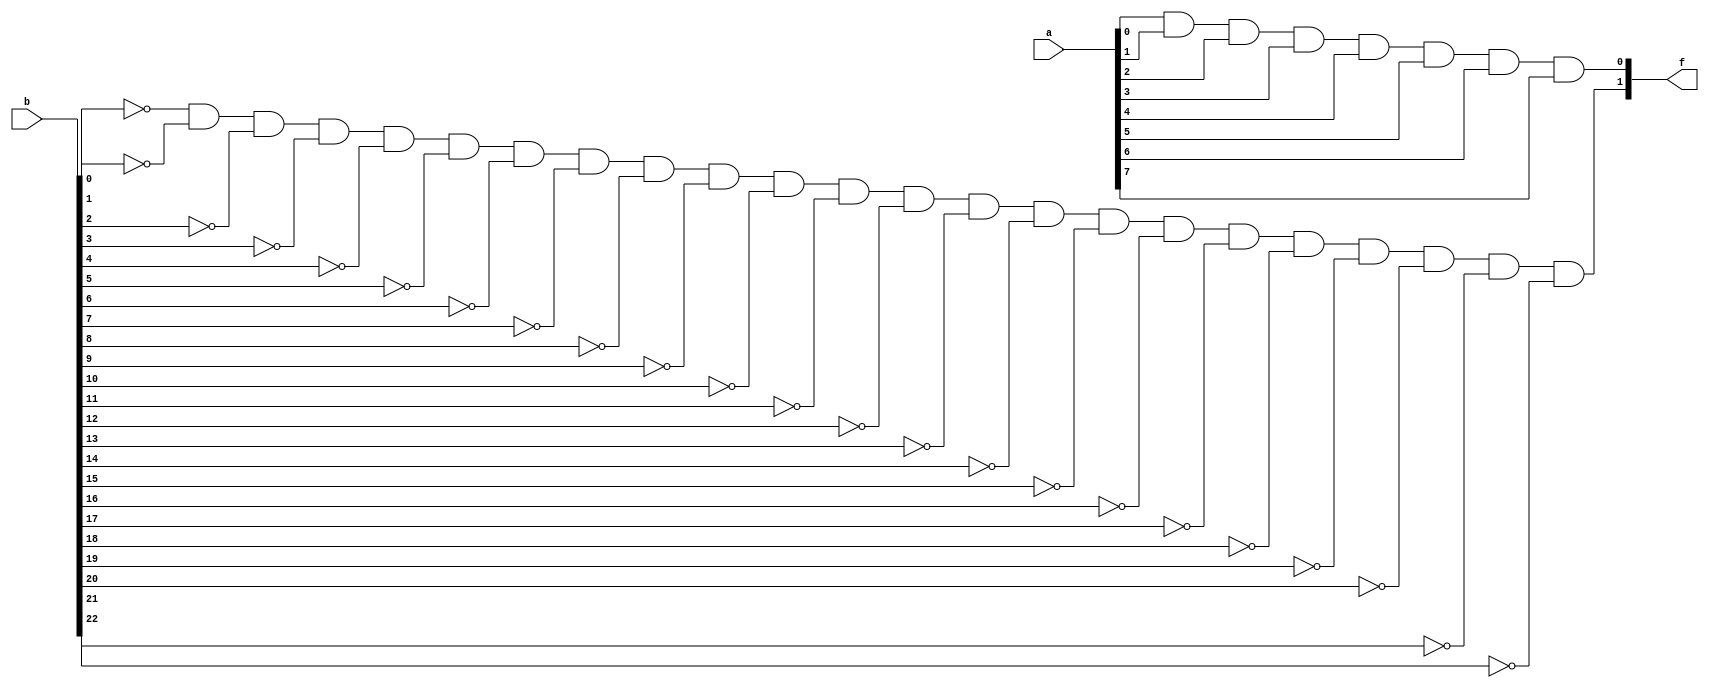
module checkinf(a,b,f);
input[7:0] a;
input[22:0] b;
output[1:0] f;
wire[7:0] n;
wire[22:0] m;
xnor(n[0],a[0],1'b1);
xnor(n[1],a[1],1'b1);
xnor(n[2],a[2],1'b1);
xnor(n[3],a[3],1'b1);
xnor(n[4],a[4],1'b1);
xnor(n[5],a[5],1'b1);
xnor(n[6],a[6],1'b1);
xnor(n[7],a[7],1'b1);
and(f[0],n[0],n[1],n[2],n[3],n[4],n[5],n[6],n[7]); /// Check exp co bang 0 ko ?

xnor(m[0],b[0],1'b0);
xnor(m[1],b[1],1'b0);
xnor(m[2],b[2],1'b0);
xnor(m[3],b[3],1'b0);
xnor(m[4],b[4],1'b0);
xnor(m[5],b[5],1'b0);
xnor(m[6],b[6],1'b0);
xnor(m[7],b[7],1'b0);
xnor(m[8],b[8],1'b0);
xnor(m[9],b[9],1'b0);
xnor(m[10],b[10],1'b0);
xnor(m[11],b[11],1'b0);
xnor(m[12],b[12],1'b0);
xnor(m[13],b[13],1'b0);
xnor(m[14],b[14],1'b0);
xnor(m[15],b[15],1'b0);
xnor(m[16],b[16],1'b0);
xnor(m[17],b[17],1'b0);
xnor(m[18],b[18],1'b0);
xnor(m[19],b[19],1'b0);
xnor(m[20],b[20],1'b0);
xnor(m[21],b[21],1'b0);
xnor(m[22],b[22],1'b0);    ///Neu f[1]=1 --> inf, f[1]=0 --> NAN
and(f[1],m[0],m[1],m[2],m[3],m[4],m[5],m[6],m[7],m[8],m[9],m[10],m[11],m[12],m[13],m[14],m[15],m[16],m[17],m[18],m[19],m[20],m[21],m[22]);
endmodule